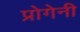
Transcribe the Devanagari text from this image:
प्रोगेनी